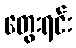
တွေးရင်း